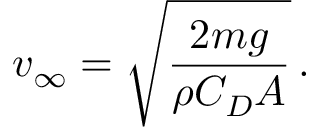
v _ { \infty } = { \sqrt { \frac { 2 m g } { \rho C _ { D } A } } } \, .